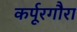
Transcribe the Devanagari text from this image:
कर्पूरगौरा